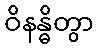
ဝိနန္ဓိတွာ